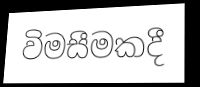
විමසීමකදී